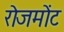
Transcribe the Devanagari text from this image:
रोजमोंट